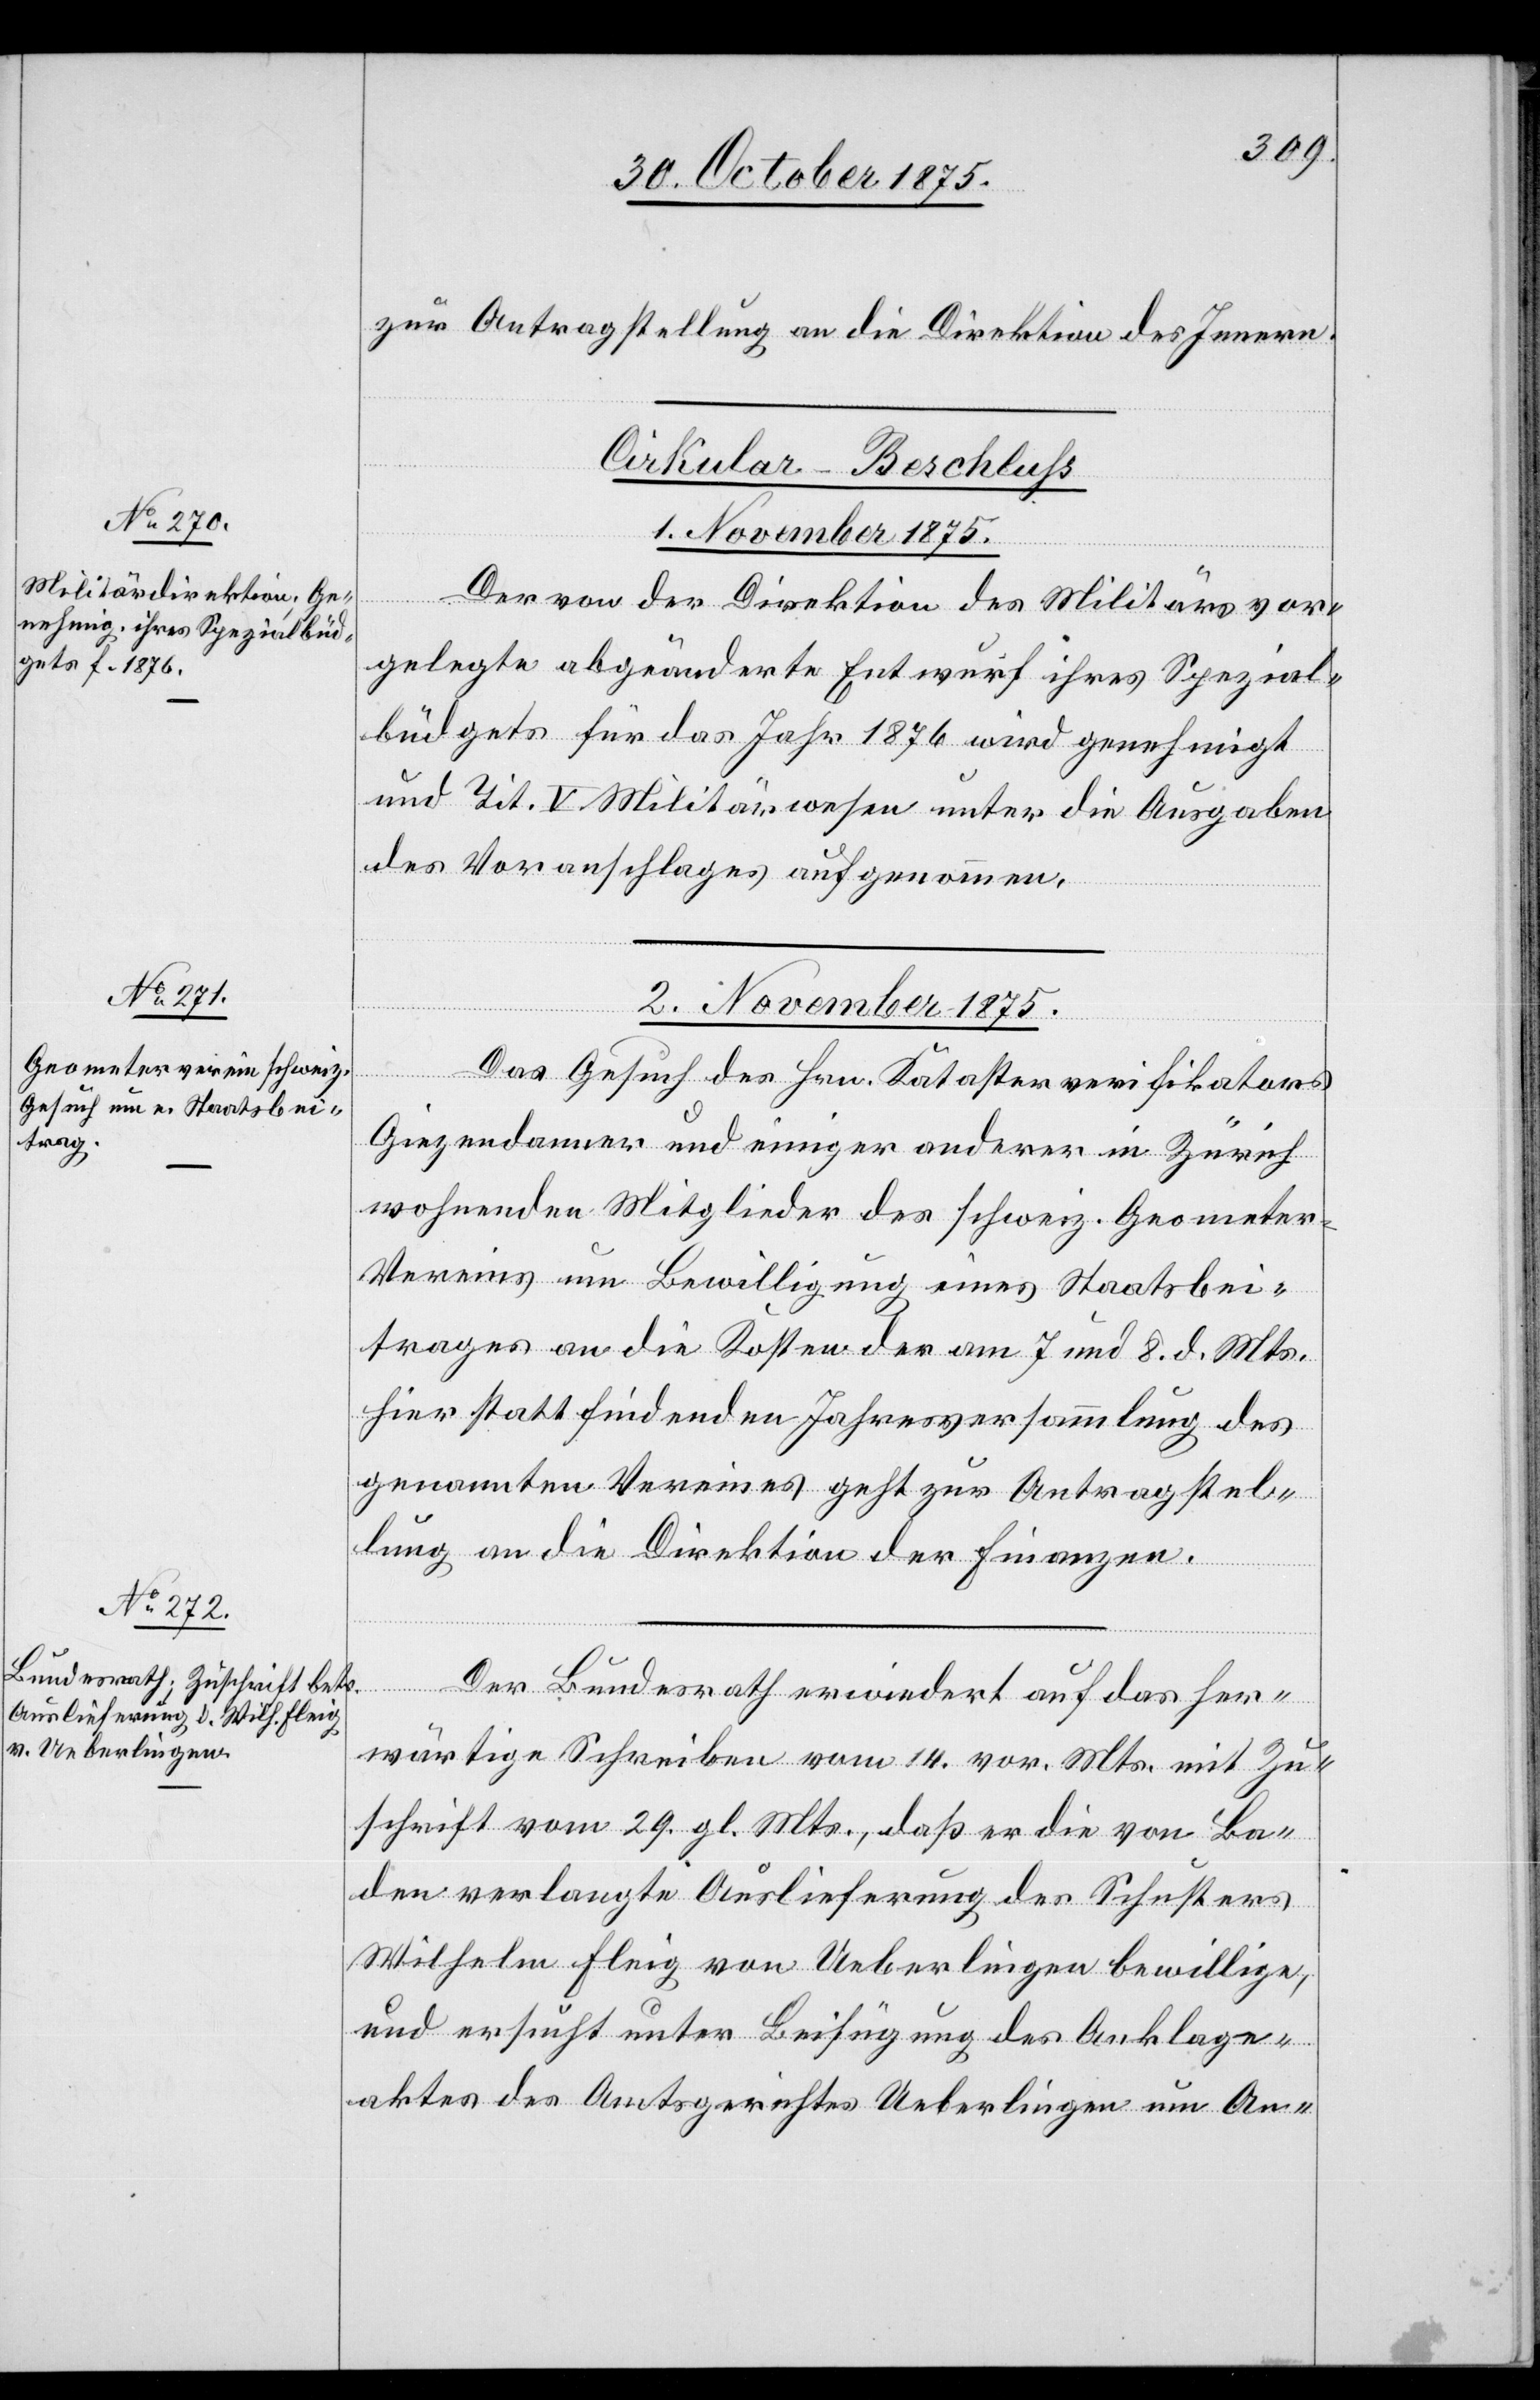
zur Antragstellung an die Direktion des Innern.
Cirkular-Beschluß
1. November 1875.
Der von der Direktion des Militärs vor¬
gelegte abgeänderte Entwurf ihres Spezial¬
büdgets für das Jahr 1876 wird genehmigt
und Tit. V Militärwesen unter die Ausgaben
des Voranschlages aufgenommen.
2. November 1875.]
Das Gesuch des Hrn. Katasterverifikators
Giezendanner und einiger anderer in Zürich
wohnenden Mitglieder des schweiz. Geometer-V¬
ereins um Bewilligung eines Staatsbei¬
trages an die Kosten der am 7. und 8. d. Mts.
hier stattfindenden Jahresversammlung des
genannten Vereines geht zur Antragstel¬
lung an die Direktion der Finanzen.
Der Bundesrath erwiedert auf das her¬
wärtige Schreiben vom 14. vor. Mts. mit Zu¬
schrift vom 29. gl. Mts., daß er die von Ba¬
den verlangte Auslieferung des Schusters
Wilhelm Fleig von Ueberlingen bewillige,
und ersucht unter Beifügung des Anklage¬
aktes des Amtsgerichtes Ueberlingen um An-